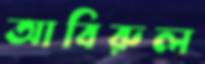
আবিরুল